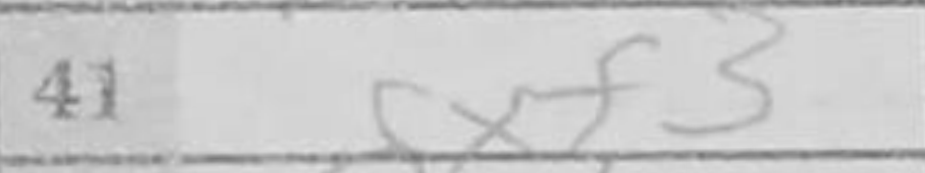
Transcription: gxf3